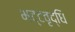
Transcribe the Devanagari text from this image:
भट्टवृद्धि